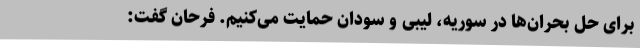
برای حل بحران‌ها در سوریه، لیبی و سودان حمایت می‌کنیم. فرحان گفت: